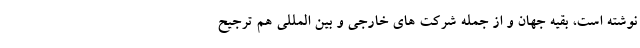
نوشته است، بقیه جهان و از جمله شرکت های خارجی و بین المللی هم ترجیح